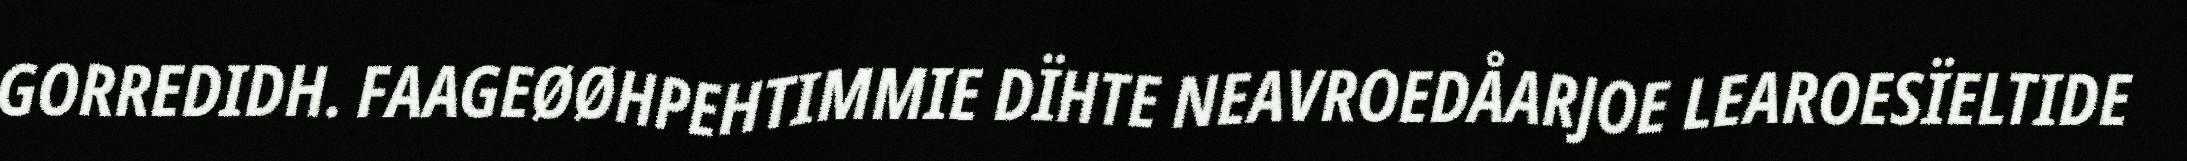
GORREDIDH. FAAGEØØHPEHTIMMIE DÏHTE NEAVROEDÅARJOE LEAROESÏELTIDE